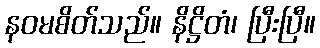
နဝမစိတ်သည်။ နိဋ္ဌိတံ၊ ပြီးပြီ။